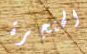
الحنجرة